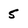
Character: 5